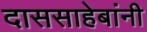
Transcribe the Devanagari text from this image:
दाससाहेबांनी